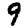
Digit: 9